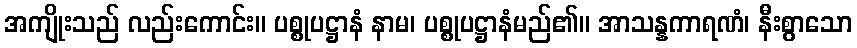
အကျိုးသည် လည်းကောင်း။ ပစ္စုပဋ္ဌာနံ နာမ၊ ပစ္စုပဋ္ဌာနံမည်၏။ အာသန္နကာရဏံ၊ နီးစွာသော